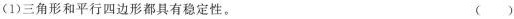
(1)三角形和平行四边形都具有稳定性。 ()